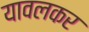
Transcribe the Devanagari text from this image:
यावलकर